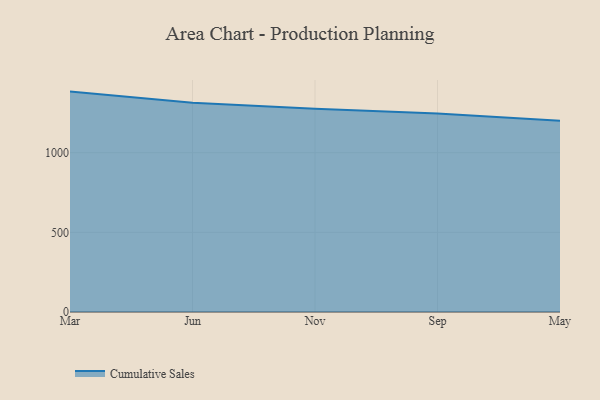
{"axis": {"x": "Month", "y": "Market Share (%)"}, "legend": ["Cumulative Sales"], "data": [{"x": "Mar", "y": 1383.6, "type": "Cumulative Sales"}, {"x": "Jun", "y": 1313.7, "type": "Cumulative Sales"}, {"x": "Nov", "y": 1276.3, "type": "Cumulative Sales"}, {"x": "Sep", "y": 1246.9, "type": "Cumulative Sales"}, {"x": "May", "y": 1200.2, "type": "Cumulative Sales"}]}